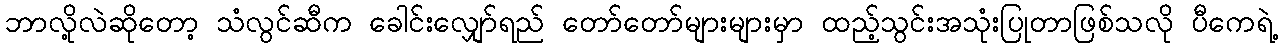
ဘာလို့လဲဆိုတော့ သံလွင်ဆီက ခေါင်းလျှော်ရည် တော်တော်များများမှာ ထည့်သွင်းအသုံးပြုတာဖြစ်သလို ပီကေရဲ့